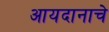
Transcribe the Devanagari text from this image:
आयदानाचे